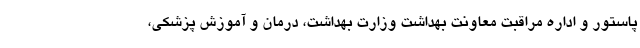
پاستور و اداره مراقبت معاونت بهداشت وزارت بهداشت، درمان و آموزش پزشکی،